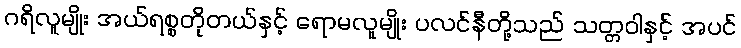
ဂရိလူမျိုး အယ်ရစ္စတိုတယ်နှင့် ရောမလူမျိုး ပလင်နီတို့သည် သတ္တဝါနှင့် အပင်